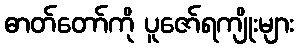
ဓာတ်တော်ကို ပူဇော်ရကျိုးများ